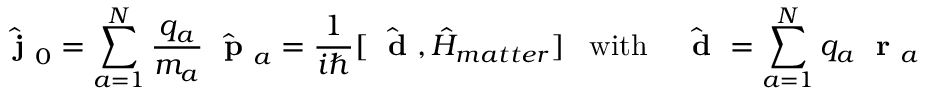
\hat { \mathrm { ~ \bf ~ j ~ } } _ { 0 } = \sum _ { a = 1 } ^ { N } \frac { q _ { a } } { m _ { a } } \hat { \mathrm { ~ \bf ~ p ~ } } _ { a } = \frac { 1 } { i \hbar } [ \hat { \mathrm { ~ \bf ~ d ~ } } , \hat { H } _ { m a t t e r } ] \; \; \; \mathrm { w i t h } \; \; \; \hat { \mathrm { ~ \bf ~ d ~ } } = \sum _ { a = 1 } ^ { N } q _ { a } \mathrm { ~ \bf ~ r ~ } _ { a }